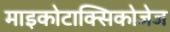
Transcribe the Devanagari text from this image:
माइकोटाक्सिकोजेज